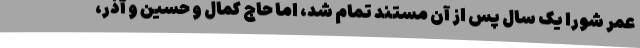
عمر شورا یک سال پس از آن مستند تمام شد، اما حاج کمال و حسین و آذر،